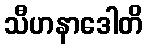
သီဟနာဒေါတိ